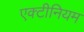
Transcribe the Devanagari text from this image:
एक्टीनियम